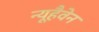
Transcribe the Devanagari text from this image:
न्यूहैवेन